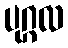
ပုဂ္ဂလ